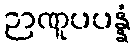
ဉာဏူပပန္နံ